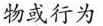
物或行为